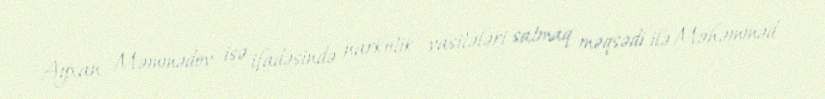
Ayxan Məmmədov isə ifadəsində narkotik vasitələri satmaq məqsədi ilə Məhəmməd